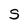
Character: S